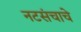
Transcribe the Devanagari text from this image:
नटसंचाचे